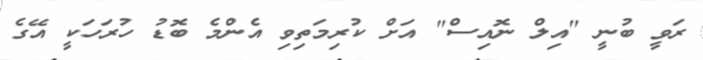
ރަވީ ބުނީ "އިލް ނޮއިސް" އަށް ކުރިމަތިވި އެންމެ ބޮޑު ހުރަހަކީ އޭގެ